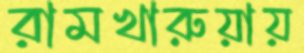
রামখারুয়ায়